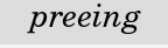
preeing